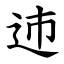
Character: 䢌